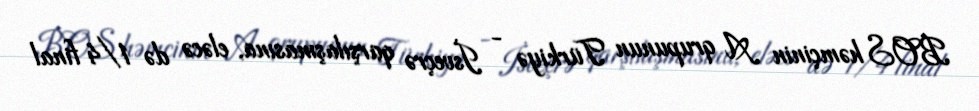
BOS həmçinin A qrupunun Türkiyə - İsveçrə qarşılaşmasına, eləcə də 1/4 final